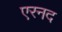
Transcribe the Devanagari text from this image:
एरनद